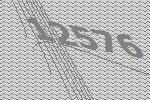
12576